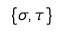
\{ \sigma , \tau \}